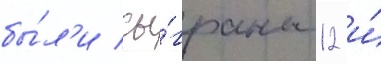
бы́л'и сы́граны 12 и́